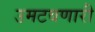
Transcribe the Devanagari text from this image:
उमटवणारी